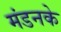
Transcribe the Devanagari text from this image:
मंडनके